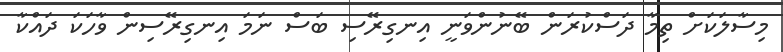
މިސާލަކަށް ތިމާ ދަސްކުރަން ބޭނުންވަނީ އިނގިރޭސި ބަސް ނަމަ އިނގިރޭސިން ވާހަކަ ދައްކާ